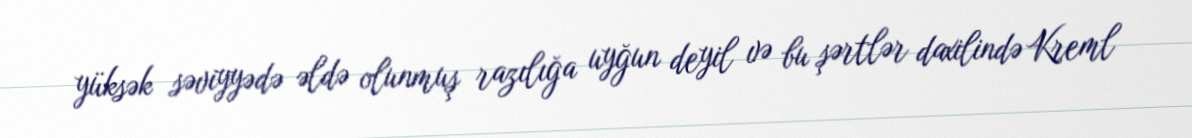
yüksək səviyyədə əldə olunmuş razılığa uyğun deyil və bu şərtlər daxilində Kreml